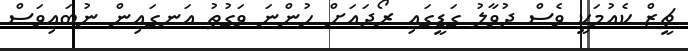
ޗީޒް ކެއުމަކީ ވެސް ދުވާލު ގަޑީގައި ރޯދައަށް ހުންނަ ވަގުތު އަނގައިން ނުބައިވަސް